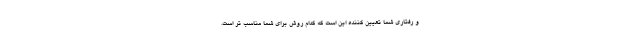
و رفتاری شما تعیین کننده این است که کدام روش برای شما مناسب تر است.